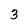
Character: 3